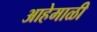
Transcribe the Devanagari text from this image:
आहेमाळी